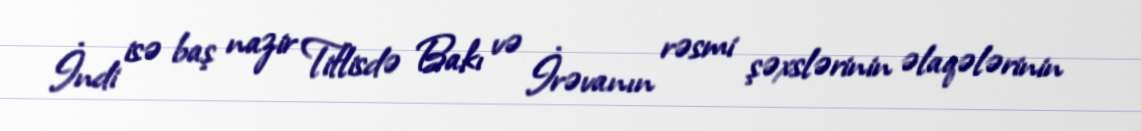
İndi isə baş nazir Tiflisdə Bakı və İrəvanın rəsmi şəxslərinin əlaqələrinin